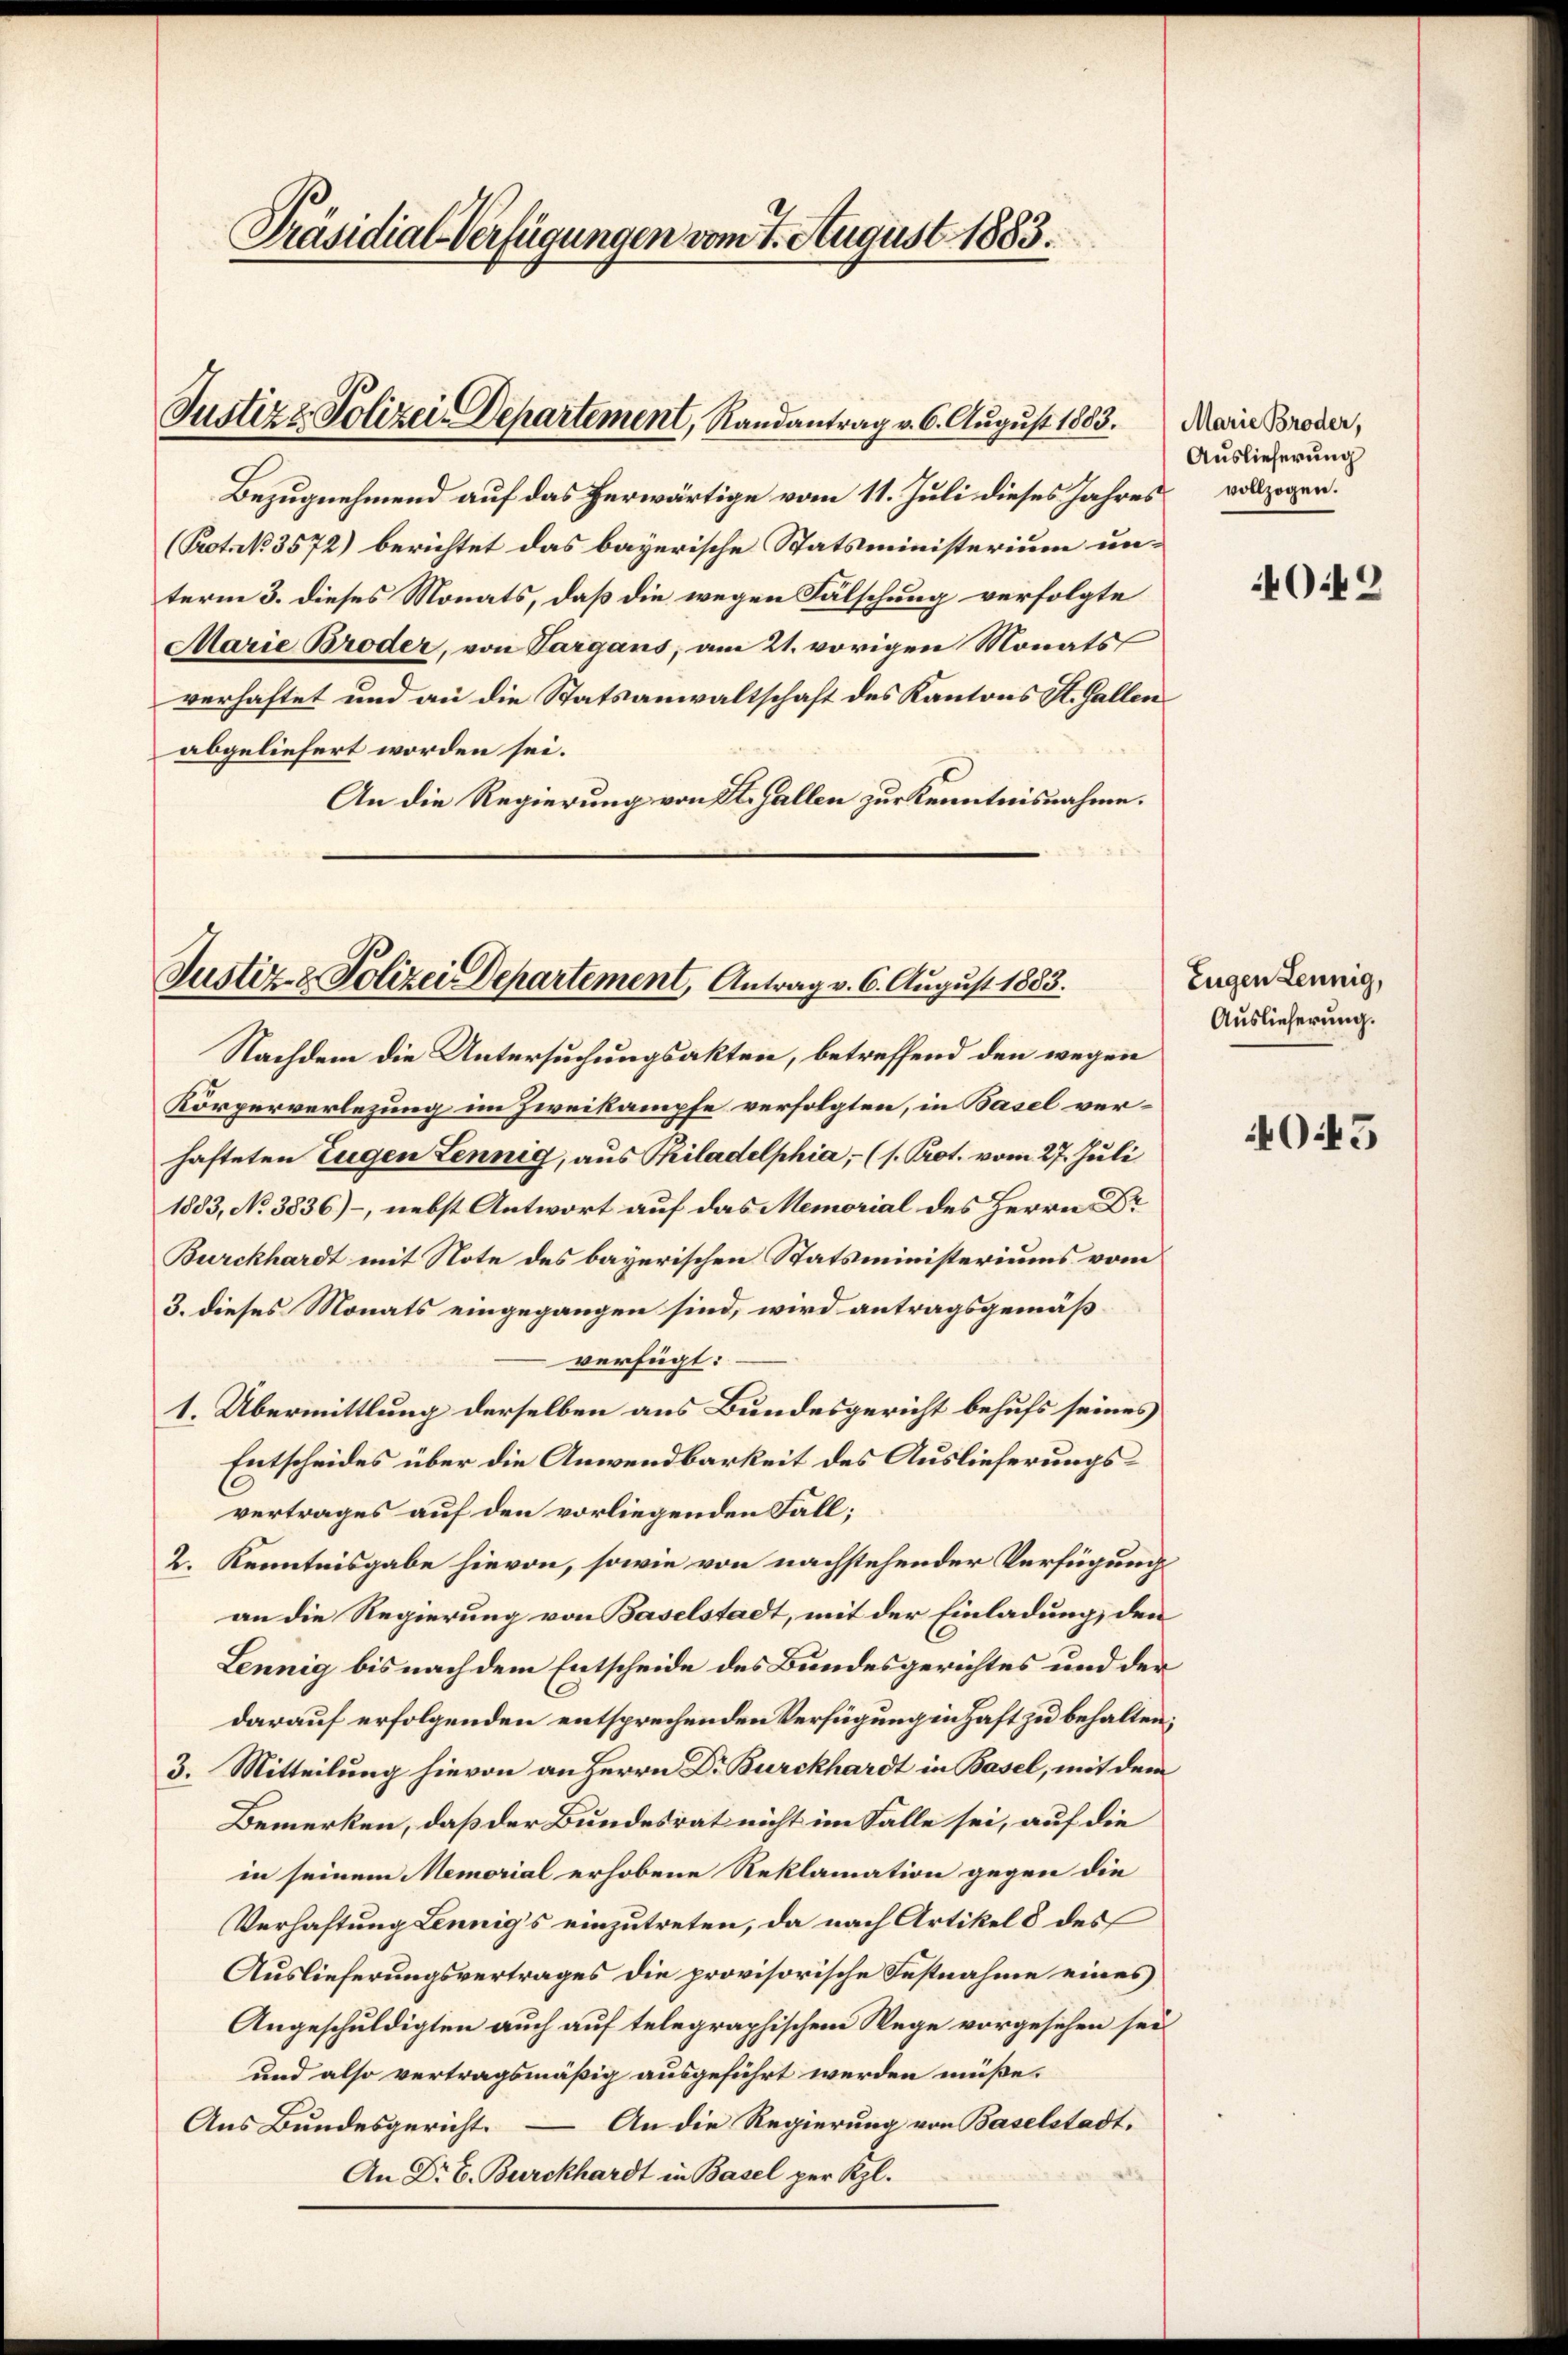
Präsidial-Verfügungen vom 7. August 1883.

Justiz & Polizei-Departement, Randantrag v. 6. August 1883.

Bezugnehmend auf das herwärtige vom 11. Juli dieses Jahres
(Pot. N. 3572) berichtet das bayerische Statsministerium unterm 3. dieses Monats, daß die wegen Fälschung verfolgte
Marie Broder, von Targans, am 21. vorigen Monats
verhaftet und an die Statsanwaltschaft des Kantons St. Gallen
abgeliefert worden sei.
An die Regierung von St. Gallen zur Kenntnisnahme.

Justiz- & Polizei Departement, Antrag v. 6. August 1883.
Nachdem die Untersuchungsakten, betreffend den wegen

Körperverlegung im Zweikampfe verfolgten, in Basel verhafteten Eugen Lennig, aus Philadelphia, (s. Prot. vom 27. Juli
1883, No 3836) –, nebst Antwort auf das Memorial des Herrn Dr.
Burckhardt mit Note des bayerischen Statsministeriums vom
3. dieses Monats eingegangen sind, wird antragsgemäßverfügt:
1. Übermittlung derselben aus Bundesgericht behufs seines
Entscheides über die Anwendbarkeit des Auslieferungsvertrages auf den vorliegenden Fall;
2. Kenntnisgabe hievon, sowie von nachstehender Verfügung
an die Regierung von Baselstadt, mit der Einladung, den
Lennig bis nach dem Entscheide des Bundesgerichtes und der
darauf erfolgenden entsprechenden Verfügung in Haft zu behalten;
3. Mitteilung hievon an Herrn Dr. Burckhardt in Basel, mit dem
Bemerken, daß der Bundesrat nicht im Falle sei, auf die
in seinem Memorial erhobene Reklamation gegen die
Verhaftung Lennig’s einzutreten, da nach Artikel 8 des
Auslieferungsvertrages die provisorische Festnahme eines
Angeschuldigten auch auf telegraphischem Wege vorgesehen sei
und also vertragsmäßig ausgeführt werden müße.
Aus Bundesgericht. — An die Regierung von Baselstadt,
An Dr E. Burckhardt in Basel per Kgl.

Marie Broder,
Auslieferung
vollzogen.

O.49

Eugen Leunig,
Auslieferung.

O5